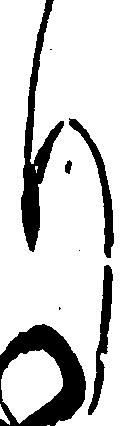
り